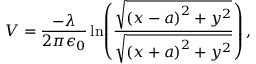
V = \frac { - \lambda } { 2 \pi \epsilon _ { 0 } } \ln \! \left( \frac { \sqrt { \left( x - a \right) ^ { 2 } + y ^ { 2 } } } { \sqrt { \left( x + a \right) ^ { 2 } + y ^ { 2 } } } \right) ,